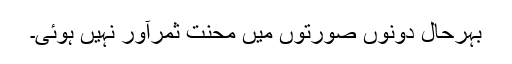
بہرحال دونوں صورتوں میں محنت ثمرآور نہیں ہوئی۔